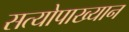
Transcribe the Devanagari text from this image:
सत्योपाख्यान